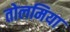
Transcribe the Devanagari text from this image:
तोलमिया